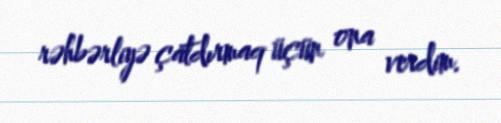
rəhbərliyə çatdırmaq üçün ona verdim.